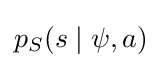
p_{S}(s\mid \psi ,a)